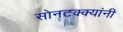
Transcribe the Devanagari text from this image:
सोनटक्क्यांनी